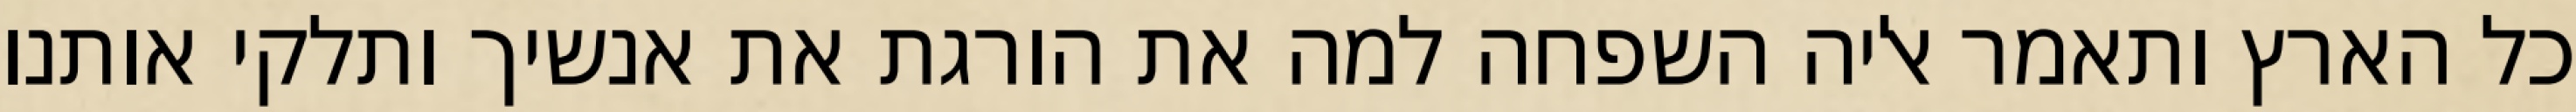
כל הארץ ותאמר אליה השפחה למה את הורגת את אנשיך ותלקי אותנו